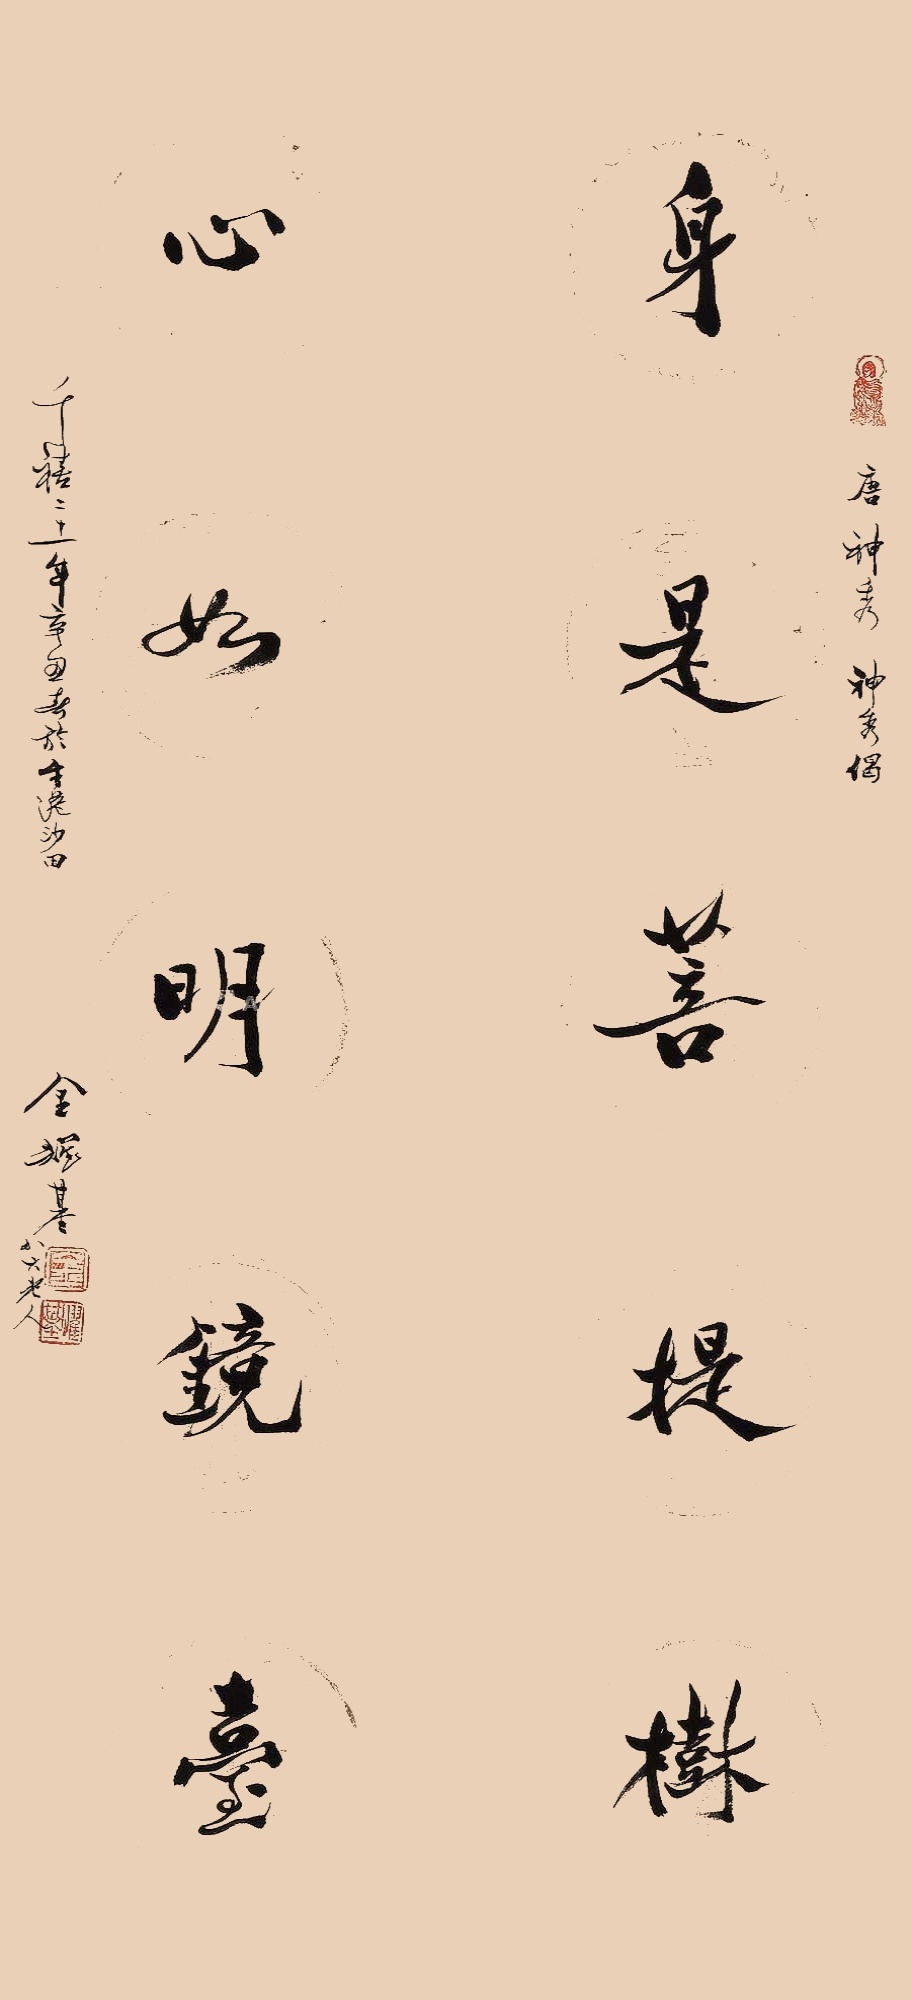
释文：身是菩提树，心如明镜台。唐神秀，神秀偈。千禧二十一年辛丑春于香港沙田，金耀基八六老人。